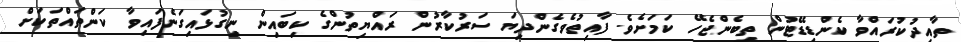
ތާއިދުކުރައްވާ ކެންޑިޑޭޓުން ތިބެންޖެހޭ ކަމަށެވެ. ފާއިތުވެގެންދިޔަ ސަރުކާރުން ރައްޔިތުންގެ ކިބައިން ނިގުޅައިގަނެފައިވާ ކަންތައްތަކަށް